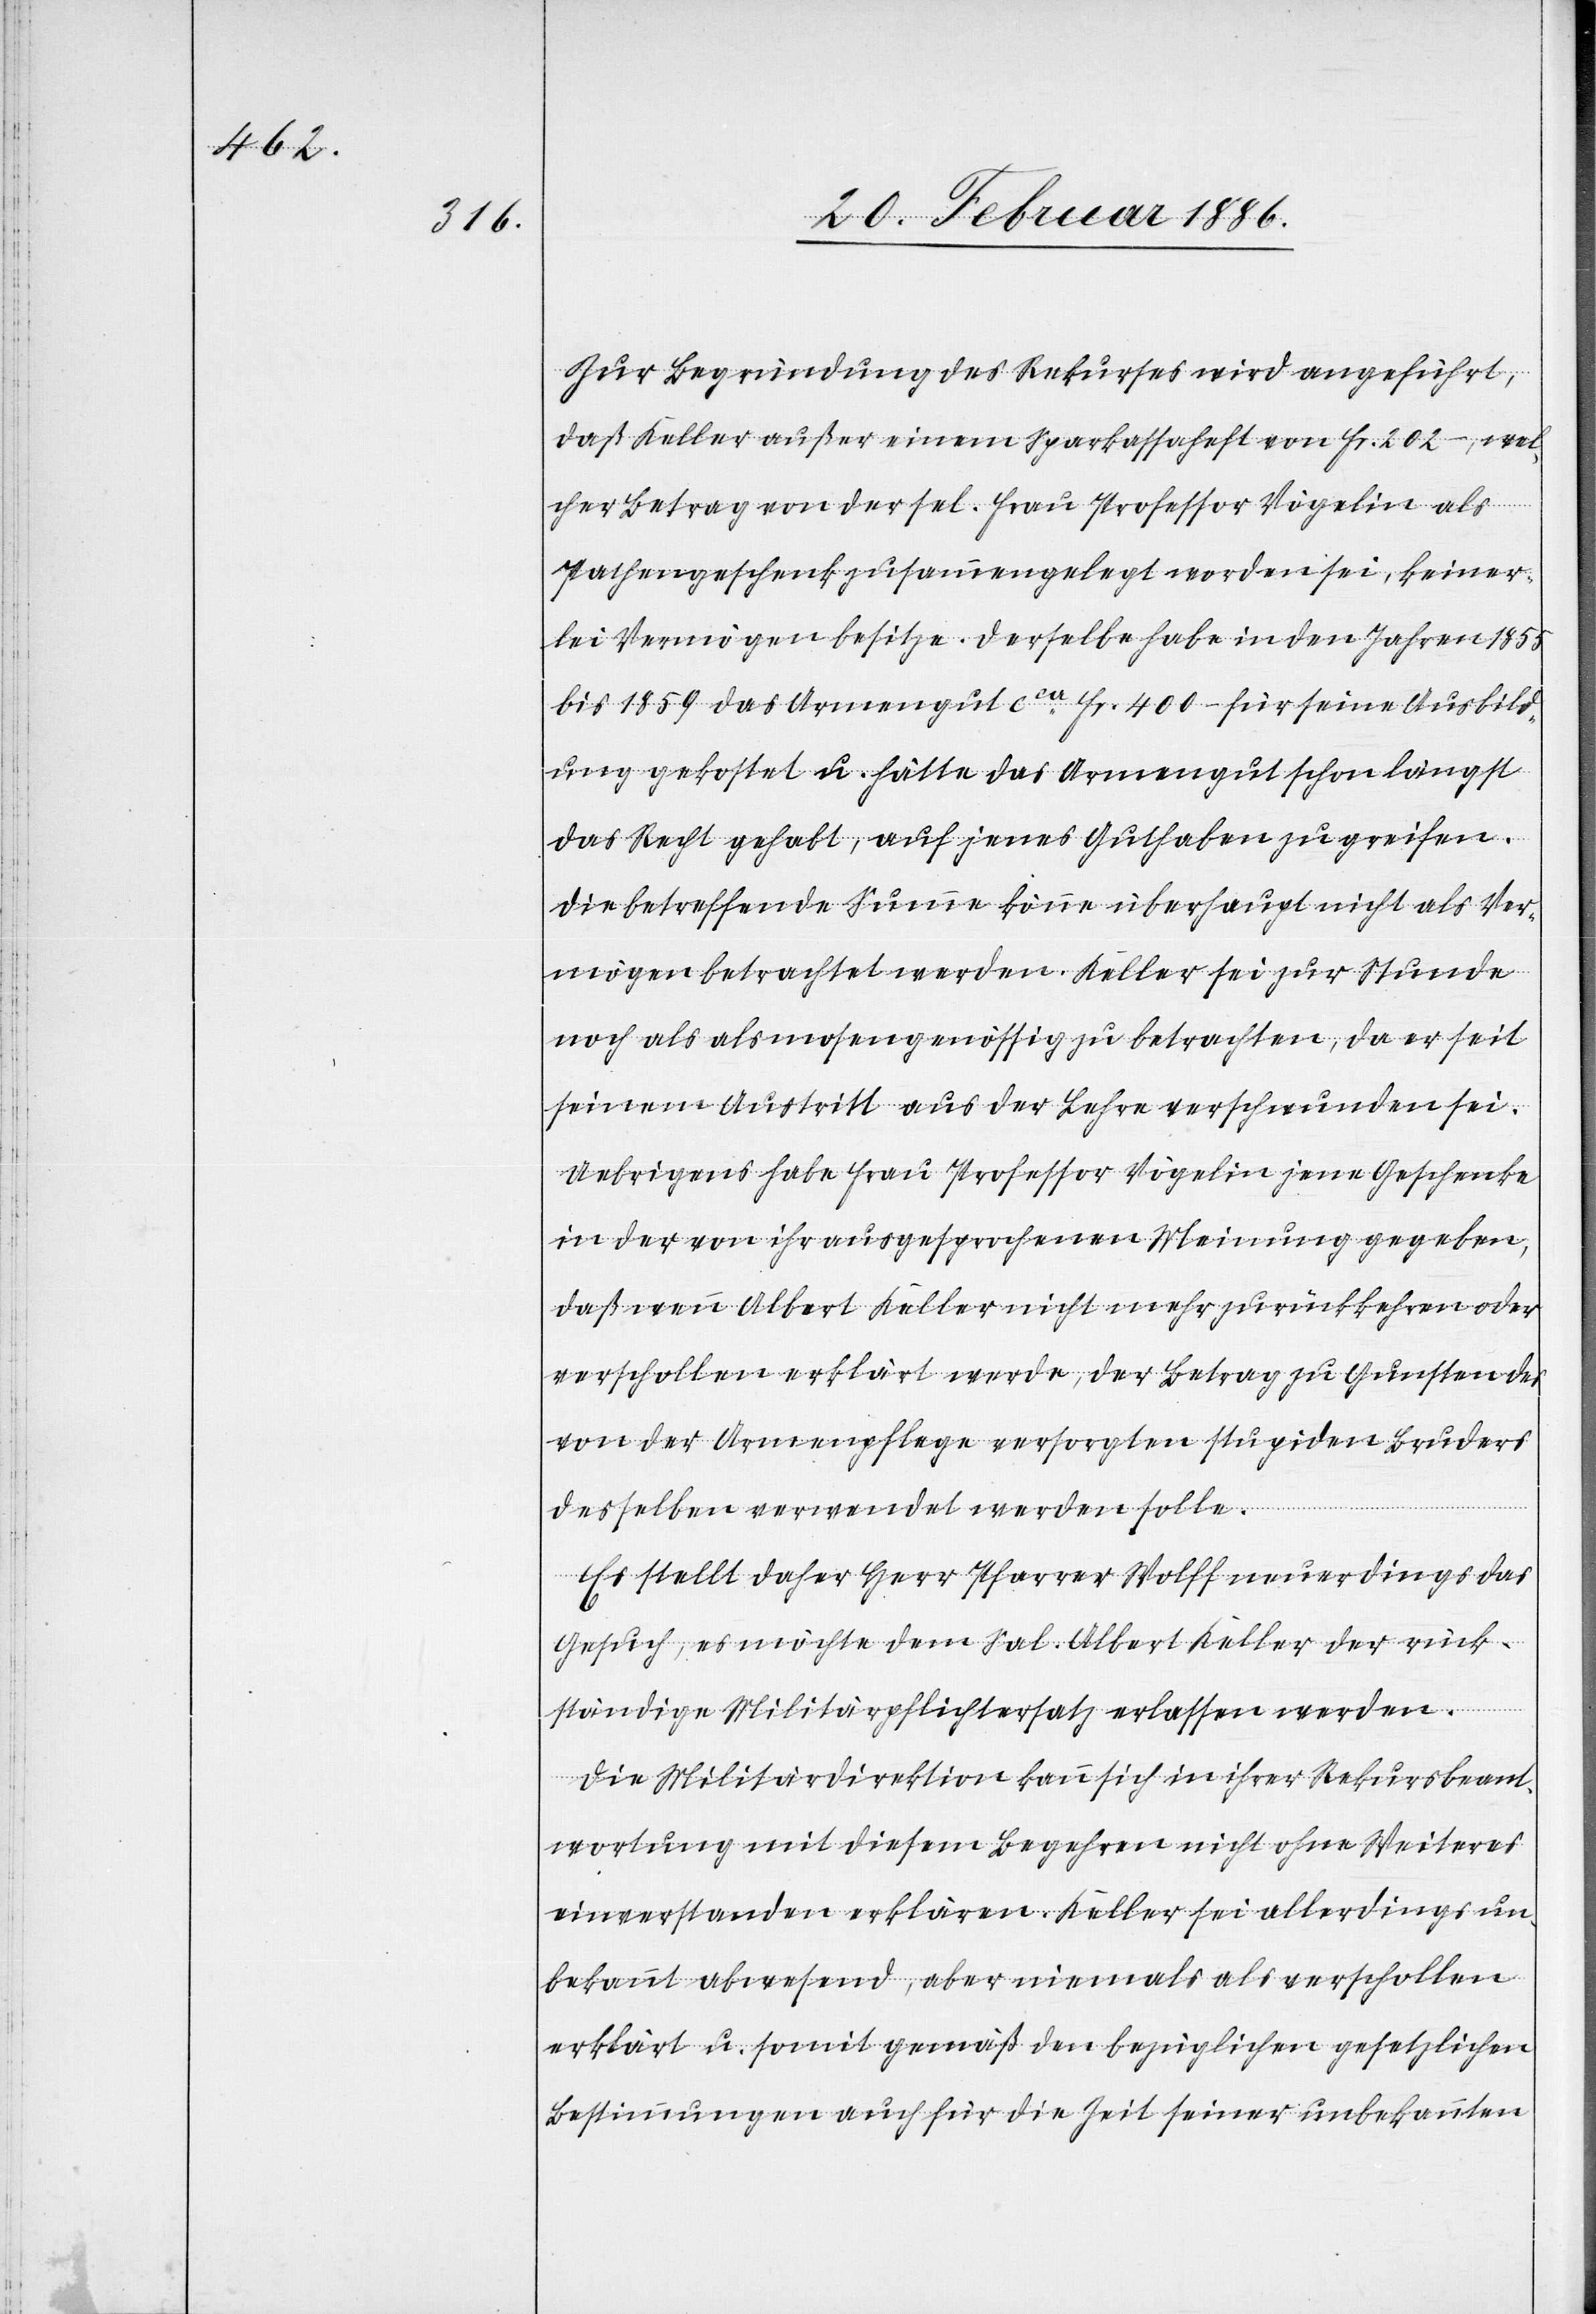
Zur Begründung des Rekurses wird angeführt,
daß Keller außer einem Sparkassaheft von Fr. 202.–, wel¬
cher Betrag von der sel. Frau Professor Vögelin als
Pathengeschenk zusammengelegt worden sei, keiner¬
lei Vermögen besitze. Derselbe habe in den Jahren 1855
bis 1859 das Armengut cca Fr. 400.– für seine Ausbil¬
dung gekostet u. hätte das Armengut schon längst
das Recht gehabt, auf jenes Guthaben zu greifen.
Die betreffende Summe könne überhaupt nicht als Ver¬
mögen betrachtet werden. Keller sei zur Stunde
noch als almosengenössig zu betrachten, da er seit
seinem Austritt aus der Lehre verschwunden sei.
Uebrigens habe Frau Professor Vögelin jene Geschenke
in der von ihr ausgesprochenen Meinung gegeben,
daß wenn Albert Keller nicht mehr zurückkehren oder
verschollen erklärt werde, der Betrag zu Gunsten des
von der Armenpflege versorgten stupiden Bruders
desselben verwendet werden solle.
Es stellt daher Herr Pfarrer Wolff neuerdings das
Gesuch, es möchte dem Sal. Albert Keller der rück¬
ständigen Militärpflichtersatz erlassen werden.
Die Militärdirektion kann sich in ihrer Rekursbeant¬
wortung mit diesem Begehren nicht ohne Weiteres
einverstanden erklären. Keller sei allerdings un¬
bekannt abwesend, aber niemals als verschollen
erklärt u. somit gemäß den bezüglichen gesetzlichen
Bestimmungen auch für die Zeit seiner unbekannten